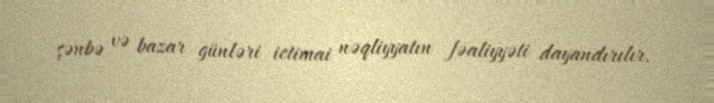
şənbə və bazar günləri ictimai nəqliyyatın fəaliyyəti dayandırılır.